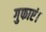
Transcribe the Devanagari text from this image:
गुफाएं।